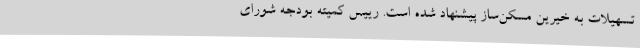
تسهیلات به خیرین مسکن‌ساز پیشنهاد شده است. رییس کمیته بودجه شورای